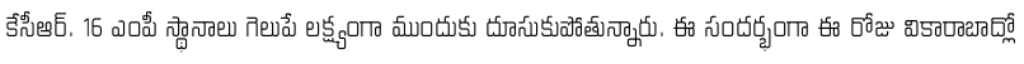
కేసీఆర్. 16 ఎంపీ స్థానాలు గెలుపే లక్ష్యంగా ముందుకు దూసుకుపోతున్నారు. ఈ సందర్భంగా ఈ రోజు వికారాబాద్లో